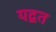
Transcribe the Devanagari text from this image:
यद्वत